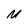
Character: M